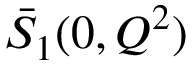
\bar { S } _ { 1 } ( 0 , Q ^ { 2 } )